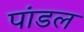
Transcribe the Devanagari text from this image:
पांडल